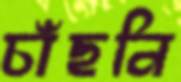
চাঁছনি